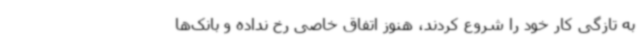
به تازگی کار خود را شروع کردند، هنوز اتفاق خاصی رخ نداده و بانک‌ها